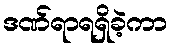
ဒဏ်ရာရရှိခဲ့ကာ